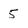
Character: 5